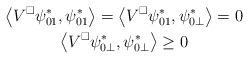
LaTeX: \begin{gather*}\left\langle V^\square \psi^*_{01}, \psi^*_{01} \right\rangle = \left\langle V^\square \psi^*_{01}, \psi^*_{0\perp} \right\rangle = 0\\\left\langle V^\square \psi^*_{0\perp}, \psi^*_{0\perp} \right\rangle \geq 0\end{gather*}